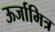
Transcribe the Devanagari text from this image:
ऊर्जामित्र